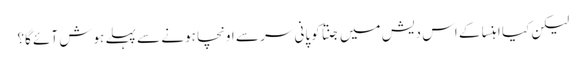
لیکن کیا اہنسا کے اس دیش میں جنتا کوپانی سر سے اونچا ہونے سے پہلے ہوش آئے گا؟